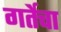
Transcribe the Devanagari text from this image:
गर्तेचा